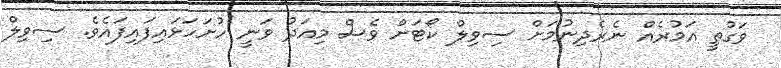
ވަގުތީ އަމުރެއް ނެރެދިނުމަށް ސިވިލް ކޯޓަށް ވެސް މިއަދު ވަނީ ހުށަހަޅައިފައިފައެވެ. ސިވިލް